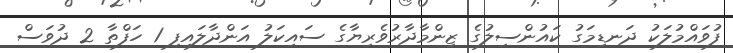
ފުވައްމުލަކު ދަނޑިމަގު ކައުންސިލުގެ ޒިންމާދާރުވެރިޔާގެ ސައިކަލު އަންދާލައިފި 1 ހަފްތާ 2 ދުވަސް